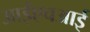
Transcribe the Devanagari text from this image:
आईएचआई